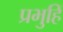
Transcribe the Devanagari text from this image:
प्रभुहिं